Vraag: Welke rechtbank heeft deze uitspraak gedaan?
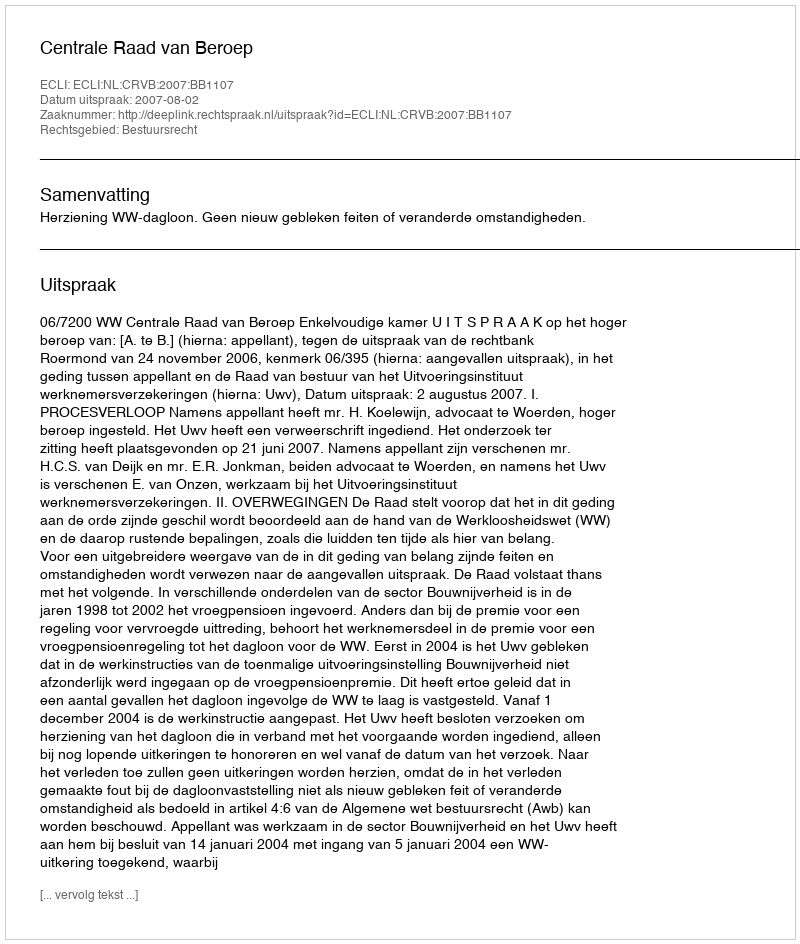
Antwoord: Centrale Raad van Beroep